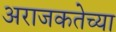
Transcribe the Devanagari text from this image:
अराजकतेच्या